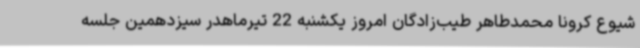
شیوع کرونا محمدطاهر طیب‌زادگان امروز یکشنبه 22 تیرماهدر سیزدهمین جلسه